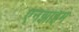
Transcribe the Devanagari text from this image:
एनझाइम